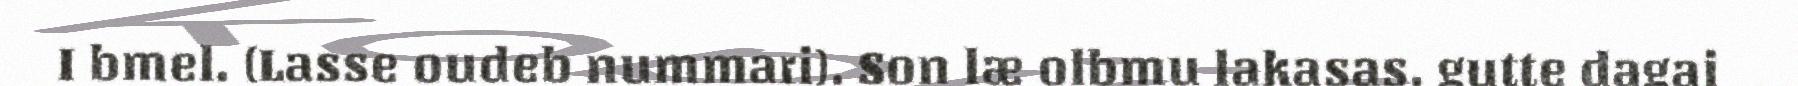
I bmel. (Lasse oudeb nummari). Son læ olbmu lakasas, gutte dagai